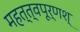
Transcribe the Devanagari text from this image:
महत्त्वपूर्णश्